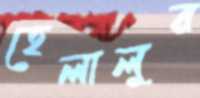
হেলালুর